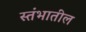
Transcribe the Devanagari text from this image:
स्तंभातील